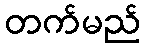
တက်မည်